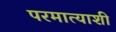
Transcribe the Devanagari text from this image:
परमात्याशी